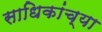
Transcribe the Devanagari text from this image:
साधिकांच्या